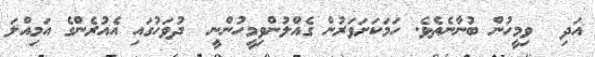
އަދި  ވިމީހުން ބުނާނެތެވެ. ހަމަކަށަވަރުން ގެއްލުންވިމީހުންނީ  ދުވަހުގައި އެއުރެންގެ އަމިއްލަ